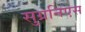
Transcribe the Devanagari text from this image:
सुग्रनिएस